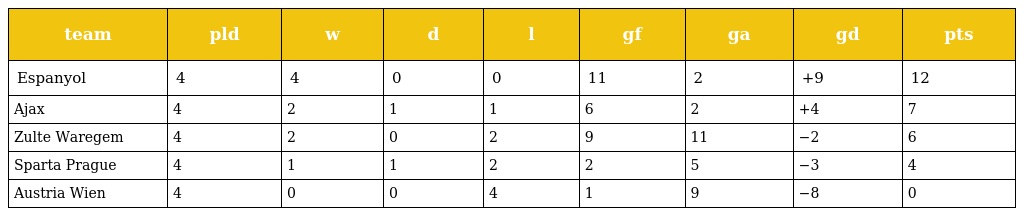
| team | pld | w | d | l | gf | ga | gd | pts |
 | --- | --- | --- | --- | --- | --- | --- | --- | --- |
 | Espanyol | 4 | 4 | 0 | 0 | 11 | 2 | +9 | 12 |
 | Ajax | 4 | 2 | 1 | 1 | 6 | 2 | +4 | 7 |
 | Zulte Waregem | 4 | 2 | 0 | 2 | 9 | 11 | −2 | 6 |
 | Sparta Prague | 4 | 1 | 1 | 2 | 2 | 5 | −3 | 4 |
 | Austria Wien | 4 | 0 | 0 | 4 | 1 | 9 | −8 | 0 |